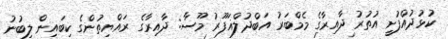
ކުޅުދުއްފުށީ އުތުރު ދާއިރާގެ މެމްބަރު އަބްދުލްޣަފޫރު މޫސާ: ދާއިރާގެ ރައްޔިތުންގެ ކިބައިން ލިބުނު